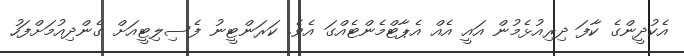
އެކުދީންގެ ކާފަ ދިރިއުޅެމުން އައީ އެއް އެޕާޓްމެންޓެއްގަ އެވެ. ކަރަންޓީނު ފެސިލިޓީއަށް ގެންދިއުމަށްފަހު